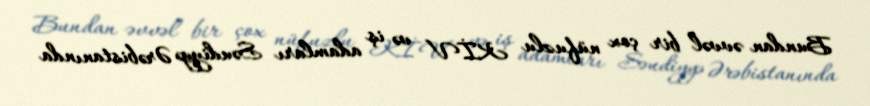
Bundan əvvəl bir çox nüfuzlu KİV və iş adamları Səudiyyə Ərəbistanında